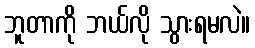
ဘူတာကို ဘယ်လို သွားရမလဲ။